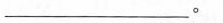
___。